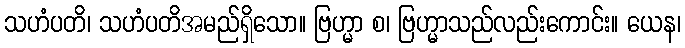
သဟံပတိ၊ သဟံပတိအမည်ရှိသော။ ဗြဟ္မာ စ၊ ဗြဟ္မာသည်လည်းကောင်း။ ယေန၊